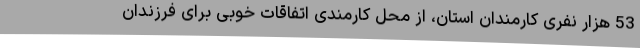
53 هزار نفری کارمندان استان، از محل کارمندی اتفاقات خوبی برای فرزندان